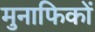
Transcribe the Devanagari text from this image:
मुनाफिकों